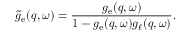
\tilde { g } _ { \mathrm { e } } ( q , \omega ) = \frac { g _ { \mathrm { e } } ( q , \omega ) } { 1 - g _ { \mathrm { e } } ( q , \omega ) g _ { \ell } ( q , \omega ) } .